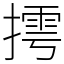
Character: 摴